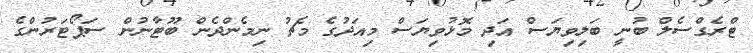
ޓްރެގްސެލް ބުނީ ބަލިވިޔަސް އަދި މޮޅުވިޔަސް މިއަދުގެ މެޗު ނިމެންދެން ބޫޓާނުން ސަޕޯޓަރުންގެ